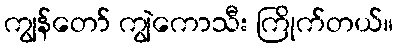
ကျွန်တော် ကျွဲကောသီး ကြိုက်တယ်။